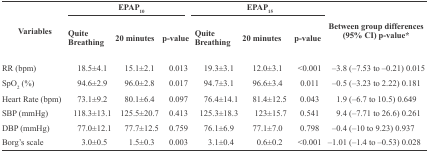
| <ROWSPAN=2> Variables | <COLSPAN=3> EPAP10 | <COLSPAN=3> EPAP15 | <ROWSPAN=2> Between group differences (95% CI) p-value* |
 | Quite Breathing | 20 minutes | p-value | Quite Breathing | 20 minutes | p-value |
 | --- | --- | --- | --- | --- | --- | --- | --- |
 | RR (bpm) | 18.5±4.1 | 15.1±2.1 | 0.013 | 19.3±3.1 | 12.0±3.1 | <0.001 | –3.8 (–7.53 to –0.21) 0.015 |
 | SpO2 (%) | 94.6±2.9 | 96.0±2.8 | 0.017 | 94.7±3.1 | 96.6±3.4 | 0.011 | –0.5 (–3.23 to 2.22) 0.181 |
 | Heart Rate (bpm) | 73.1±9.2 | 80.1±6.4 | 0.097 | 76.4±14.1 | 81.4±12.5 | 0.043 | 1.9 (–6.7 to 10.5) 0.649 |
 | SBP (mmHg) | 118.3±13.1 | 125.5±20.7 | 0.413 | 125.3±18.3 | 123±15.7 | 0.541 | 9.4 (–7.71 to 26.6) 0.261 |
 | DBP (mmHg) | 77.0±12.1 | 77.7±12.5 | 0.759 | 76.1±6.9 | 77.1±7.0 | 0.798 | –0.4 (–10 to 9.23) 0.937 |
 | Borg’s scale | 3.0±0.5 | 1.5±0.3 | 0.003 | 3.1±0.4 | 0.6±0.2 | <0.001 | –1.01 (–1.4 to –0.53) 0.028 |